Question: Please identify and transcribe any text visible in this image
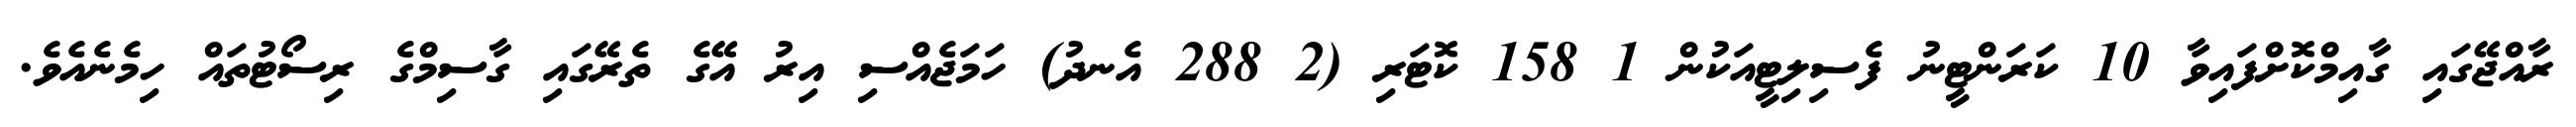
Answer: ރާއްޖޭގައި ގާއިމްކޮށްފައިވާ 10 ކަރަންޓީނު ފެސިލިޓީއަކުން 1 158 ކޮޓަރި (2 288 އެނދު) ހަމަޖެއްސި އިރު އޭގެ ތެރޭގައި ގާސިމްގެ ރިސޯޓުތައް ހިމެނެއެވެ.